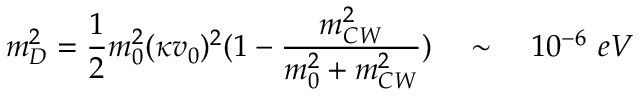
m _ { D } ^ { 2 } = \frac { 1 } { 2 } m _ { 0 } ^ { 2 } ( \kappa v _ { 0 } ) ^ { 2 } ( 1 - \frac { m _ { C W } ^ { 2 } } { m _ { 0 } ^ { 2 } + m _ { C W } ^ { 2 } } ) \ \ \ \sim \ \ \ 1 0 ^ { - 6 } \ e V